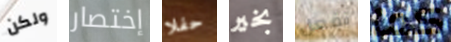
ولكن إختصار حفلا بخير تفعل كما